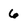
Character: 6